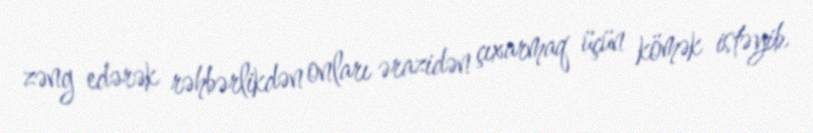
zəng edərək rəhbərlikdən onları ərazidən çıxarmaq üçün kömək istəyib.